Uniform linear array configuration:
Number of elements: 8
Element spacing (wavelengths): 0.5
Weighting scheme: cosine
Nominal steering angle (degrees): -45
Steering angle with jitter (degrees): -46.744
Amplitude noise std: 0.05
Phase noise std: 0.05

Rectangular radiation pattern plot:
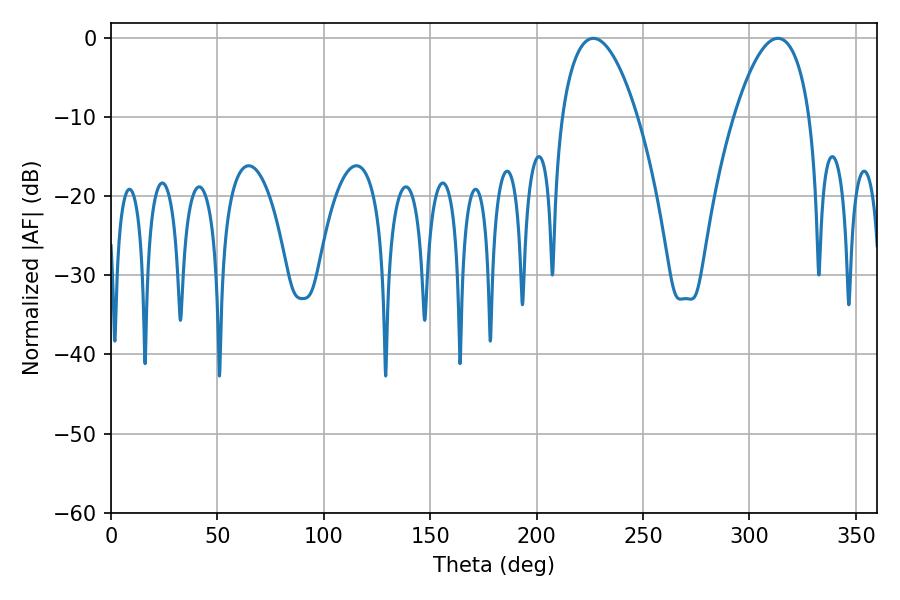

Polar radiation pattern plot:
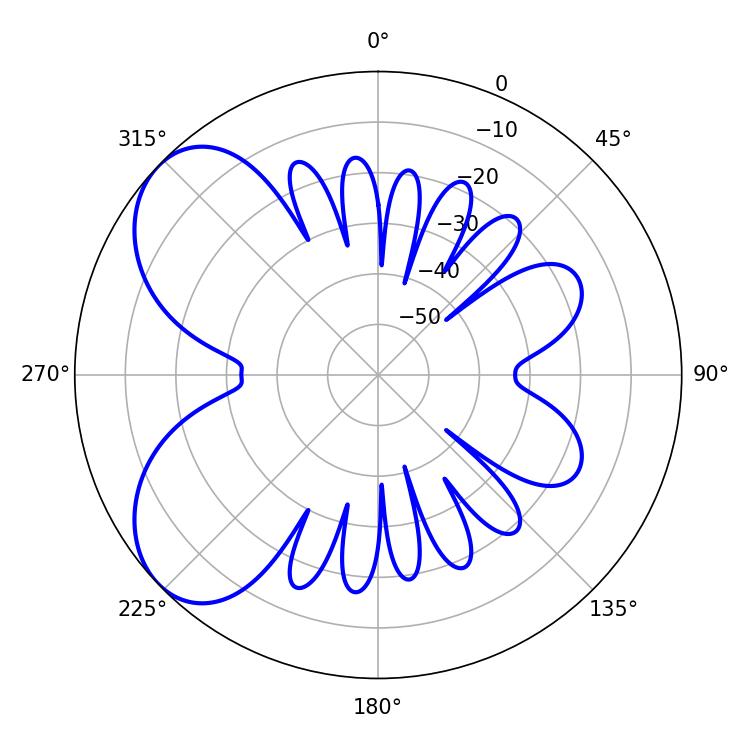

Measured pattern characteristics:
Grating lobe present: FALSE
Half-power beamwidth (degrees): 19.62
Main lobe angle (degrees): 226.62